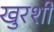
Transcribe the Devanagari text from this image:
खुरशी